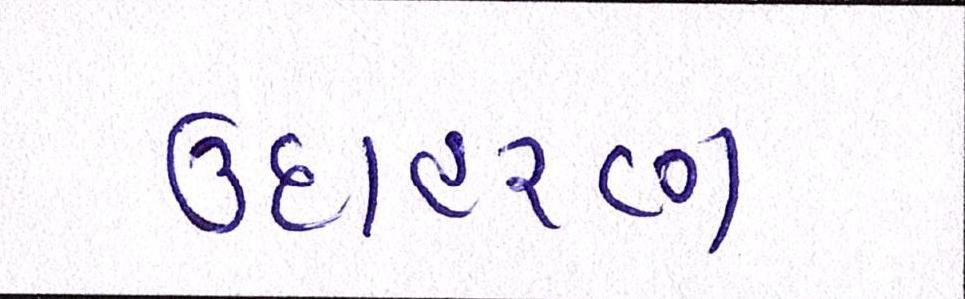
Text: ઉદાહરણ